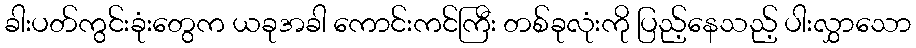
ခါးပတ်ကွင်းခုံးတွေက ယခုအခါ ကောင်းကင်ကြီး တစ်ခုလုံးကို ပြည့်နေသည့် ပါးလွှာသော